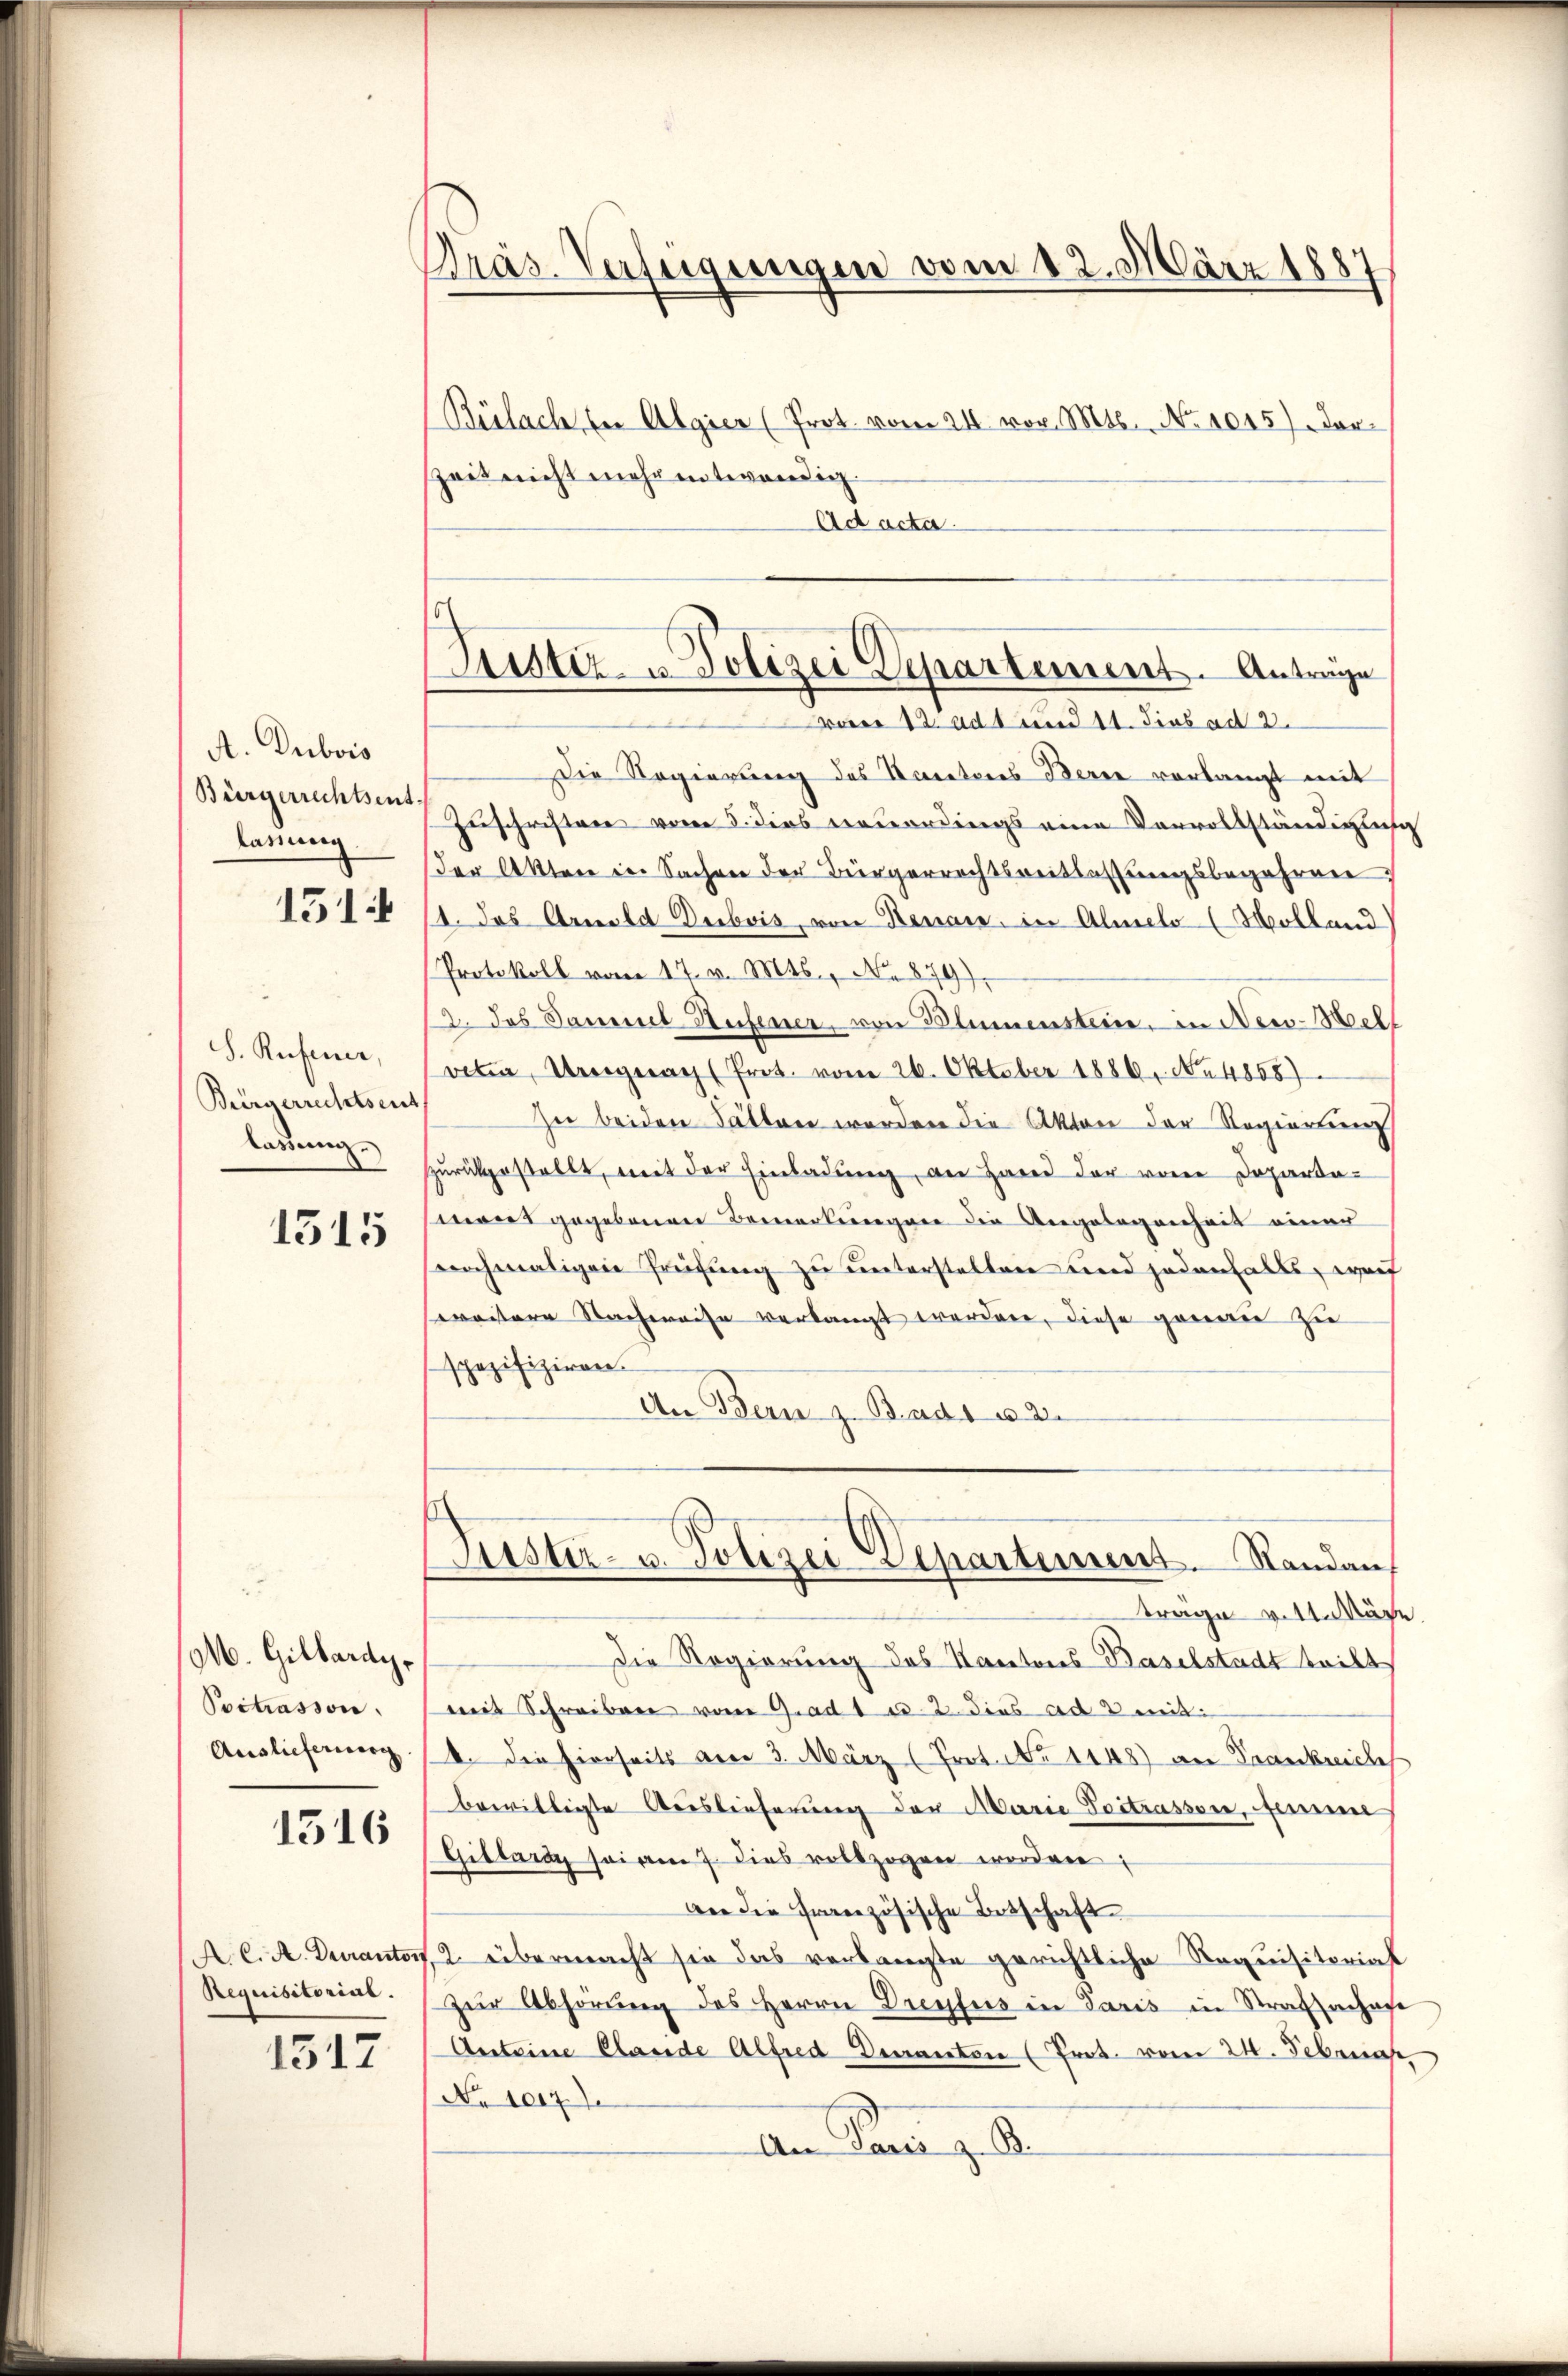
A. Dubois
Bürgerrechtsent.
lannung
151

S. Rufener,
Bürgerrechtsent
lassung.
1315

M. Gilbardy,
Poctrasson.
Auslieferung

1516

A. C. A. Duranton
Requisitorial.

1517

Präs. Verfügungen vom 12. März 1887

Bülach in Algier (Prot. vom 24. vor. Mts. No 1045). Dar¬
Zeit nicht mehr entwendig.
Ad acta.
vom 12. ad 1 und 11. dies ad 2.
Die Regierung des Secretares Berne vorlangt mit
Zuschriften vom 5. dies neuerdings eine Vervollständigung
der Akten in Sachen der Bürgerrechtsreitlassungsbegehren,
1. Das Arnold Deibois, von Renaie, in Almelo (Molland
Protokoll vom 17. v. Mts., No. 879).
2. das Sammes Aufener, von Blumensteine, in New-Welt
veter, Urigerath (Prot. vom 26. Oktober 1886. No 4858)
Zu beiden Fällen worden die Akten der Regierung
zŭrückgestellt, mit der Einladŭng, an Hand der von Departa-
mort gegebenen Bemerkungen die Angelegenheit einer
swochmaligen Prüfung zu unterstellen und jedenfalls, wof
eweistere Nachweise verlangt werden, diese genau zu
spezifiziren.
An Bern z. Bads u. 2.
Justiz- u. Polizei Departement. Standau,
trage v. 11. März.
Die Regierung des Kantons Baselstadt teilt
mit Schreiben vom G. ad 1 u. 2. dies ad 2 mit:
b. die hierseits am 3. März (Prot. No 1148) an Trankreiches
bewilligte Auslieferung der Marie Postrasson, feine
Gitlang sei am 7. dies vollzogen worden,
wer die französische Botschaft
2 übermacht sie das verlangte gerichtliche Requisitorial
zŭr Abhörung des Herrn Dreyfus in Paris in Strafschafe
Anteine Claude Alfred Decanton (Prot. vom 24. Februar,
No 1017.
An Panz. R.

Trister- u. Polizei Departement. Antrage